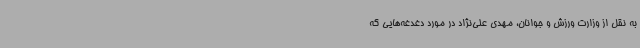
به نقل از وزارت ورزش و جوانان، مهدی علی‌نژاد در مورد دغدغه‌هایی که